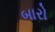
બારો